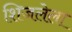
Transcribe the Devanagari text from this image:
शिजलेला